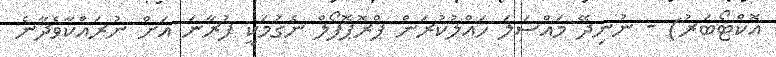
އޮކްޓޯބަރު) - ނުނިދޭ މައްސަލަ ހައްލުކުރަން ޕްރޮޕޮފޯލް ނެގުމަކީ ފުރާނަ އަށް ނުރައްކާވެދާނެ